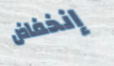
إنخفاض